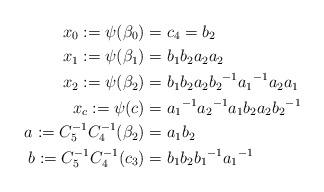
LaTeX: \begin{align*}x_{0}:= \psi(\beta_{0}) &= c_{4}=b_2 \\x_{1}:= \psi(\beta_{1}) &= b_{1}b_{2}a_{2}a_{2} \\x_{2}:= \psi(\beta_{2}) &= b_{1}b_{2}a_{2}{b_2}^{-1}{a_1}^{-1}a_{2}a_{1} \\x_{c}:= \psi(c) &= {a_1}^{-1}{a_2}^{-1}a_{1}b_{2}a_{2}{b_2}^{-1} \\a:= C_5^{-1}C_4^{-1}(\beta_{2}) &= a_{1}b_{2} \\b:= C_5^{-1}C_4^{-1}(c_{3}) &= b_{1}b_{2}{b_1}^{-1}{a_1}^{-1} \end{align*}